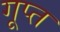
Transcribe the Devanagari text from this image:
गूप्त